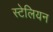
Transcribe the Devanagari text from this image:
स्टेलियन